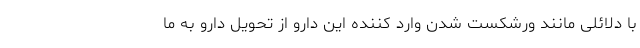
با دلائلی مانند ورشکست شدن وارد کننده این دارو از تحویل دارو به ما